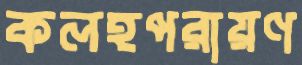
কলহপরায়ণ